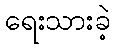
ရေးသားခဲ့